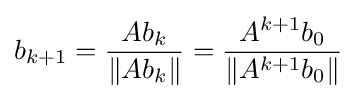
b_{k+1}={\frac {Ab_{k}}{\|Ab_{k}\|}}={\frac {A^{k+1}b_{0}}{\|A^{k+1}b_{0}\|}}